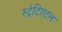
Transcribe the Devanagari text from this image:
स्ट्रेटिएटल